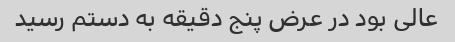
عالی بود در عرض پنج دقیقه به دستم رسید